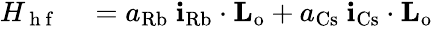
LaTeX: \begin{array}{rl}{H_{\mathrm{~h~f~}}}&{{}=a_{\mathrm{Rb}}\ \mathbf{i}_{\mathrm{Rb}}\cdot\mathbf{L_{\mathrm{o}}}+a_{\mathrm{Cs}}\ \mathbf{i}_{\mathrm{Cs}}\cdot\mathbf{L_{\mathrm{o}}}}\end{array}